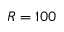
R = 1 0 0